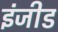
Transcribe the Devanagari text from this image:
इंजीड